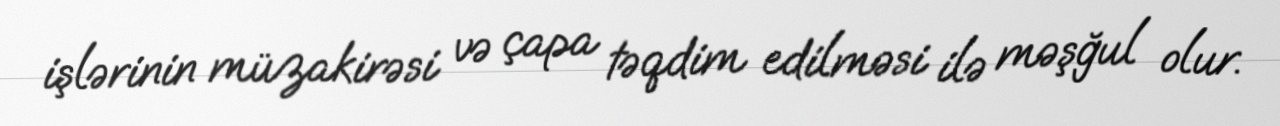
işlərinin müzakirəsi və çapa təqdim edilməsi ilə məşğul olur.